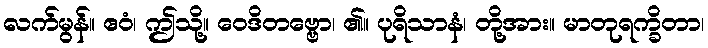
လက်မွန်။ ဧဝံ၊ ဤသို့။ ဝေဒိတဗ္ဗော၊ ၏။ ပုရိသာနံ၊ တို့အား။ မာတုရက္ခိတာ၊